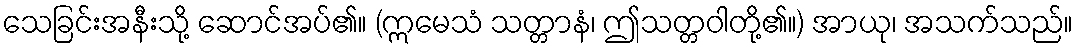
သေခြင်းအနီးသို့ ဆောင်အပ်၏။ (ဣမေသံ သတ္တာနံ၊ ဤသတ္တဝါတို့၏။) အာယု၊ အသက်သည်။